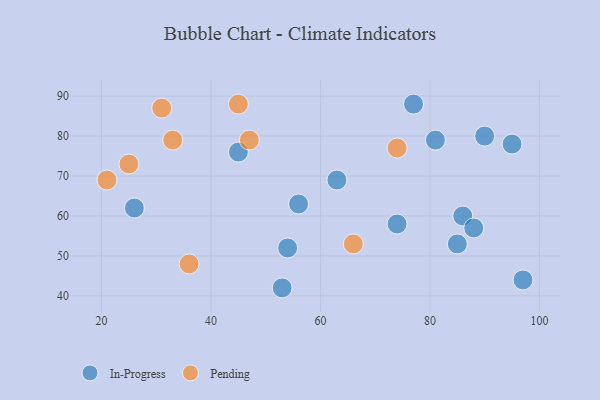
{"axis": {"x": "GDP", "y": "Life Expectancy"}, "legend": ["In-Progress", "Pending"], "data": [{"x": "77", "y": 88, "type": "In-Progress"}, {"x": "86", "y": 60, "type": "In-Progress"}, {"x": "90", "y": 80, "type": "In-Progress"}, {"x": "45", "y": 76, "type": "In-Progress"}, {"x": "88", "y": 57, "type": "In-Progress"}, {"x": "54", "y": 52, "type": "In-Progress"}, {"x": "56", "y": 63, "type": "In-Progress"}, {"x": "74", "y": 58, "type": "In-Progress"}, {"x": "85", "y": 53, "type": "In-Progress"}, {"x": "63", "y": 69, "type": "In-Progress"}, {"x": "26", "y": 62, "type": "In-Progress"}, {"x": "95", "y": 78, "type": "In-Progress"}, {"x": "81", "y": 79, "type": "In-Progress"}, {"x": "53", "y": 42, "type": "In-Progress"}, {"x": "97", "y": 44, "type": "In-Progress"}, {"x": "31", "y": 87, "type": "Pending"}, {"x": "33", "y": 79, "type": "Pending"}, {"x": "47", "y": 79, "type": "Pending"}, {"x": "25", "y": 73, "type": "Pending"}, {"x": "21", "y": 69, "type": "Pending"}, {"x": "66", "y": 53, "type": "Pending"}, {"x": "45", "y": 88, "type": "Pending"}, {"x": "74", "y": 77, "type": "Pending"}, {"x": "36", "y": 48, "type": "Pending"}]}